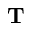
\mathbf { T }